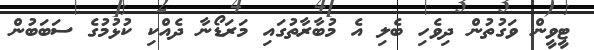
ޓީވީން ވަގުތުން ދިވެހި ބެލި އެ މުބާރާތުގައި މަރަޑޯނާ ދެއްކި ކުޅުމުގެ ސަބަބުން